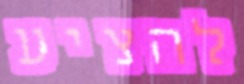
להציע